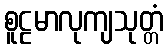
စူဠမာလုကျသုတ္တံ